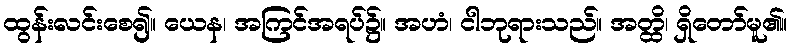
ထွန်းလင်းစေ၍။ ယေန၊ အကြင်အရပ်၌။ အဟံ၊ ငါဘုရားသည်။ အတ္ထိ၊ ရှိတော်မူ၏။